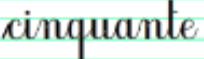
cinquante